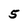
Character: 5